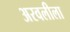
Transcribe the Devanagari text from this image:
अरवलीला